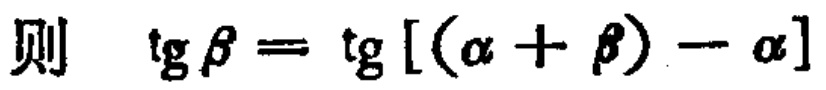
则 \(\mathrm{tg}\beta=\mathrm{tg}[(\alpha + \beta)-\alpha]\)